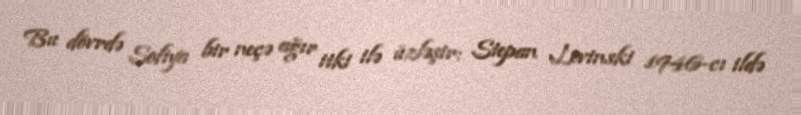
Bu dövrdə Sofiya bir neçə ağır itki ilə üzləşir: Stepan Levinski 1946-cı ildə